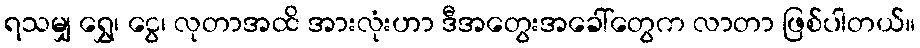
ရသမျှ ရွှေ၊ ငွေ၊ လုတာအထိ အားလုံးဟာ ဒီအတွေးအခေါ်တွေက လာတာ ဖြစ်ပါတယ်။